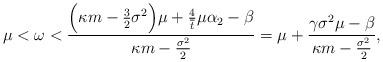
LaTeX: \begin{align*}\mu < \omega<{\frac{\Big(\kappa m-{\frac{3}{2}}\sigma^2\Big)\mu+{\frac{4}{\overline t}}\mu\alpha_2-\beta}{\kappa m-{\frac{\sigma^2}{2}}}}=\mu+{\frac{\gamma\sigma^2\mu-\beta}{\kappa m-{\frac{\sigma^2}{2}}}},\end{align*}